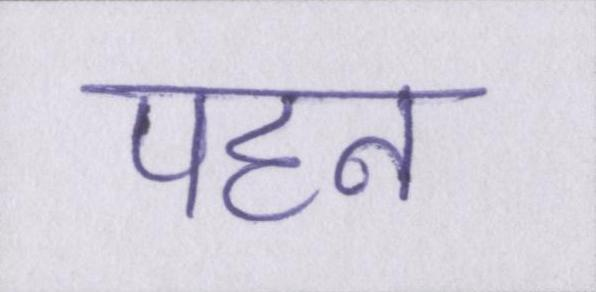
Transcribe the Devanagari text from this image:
पहन